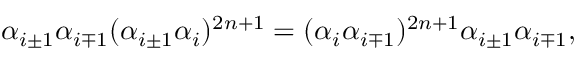
\alpha _ { i \pm 1 } \alpha _ { i \mp 1 } ( \alpha _ { i \pm 1 } \alpha _ { i } ) ^ { 2 n + 1 } = ( \alpha _ { i } \alpha _ { i \mp 1 } ) ^ { 2 n + 1 } \alpha _ { i \pm 1 } \alpha _ { i \mp 1 } ,